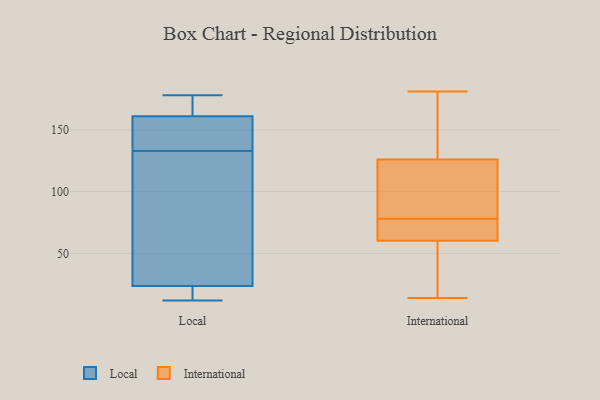
{"axis": {"x": "Budget (USD K)", "y": "Value"}, "legend": ["International", "Local"], "data": [{"x": "", "y": 165, "type": "Local"}, {"x": "", "y": 26, "type": "Local"}, {"x": "", "y": 135, "type": "Local"}, {"x": "", "y": 133, "type": "Local"}, {"x": "", "y": 178, "type": "Local"}, {"x": "", "y": 12, "type": "Local"}, {"x": "", "y": 23, "type": "Local"}, {"x": "", "y": 66, "type": "Local"}, {"x": "", "y": 158, "type": "Local"}, {"x": "", "y": 93, "type": "Local"}, {"x": "", "y": 23, "type": "Local"}, {"x": "", "y": 166, "type": "Local"}, {"x": "", "y": 139, "type": "Local"}, {"x": "", "y": 162, "type": "Local"}, {"x": "", "y": 15, "type": "Local"}, {"x": "", "y": 78, "type": "International"}, {"x": "", "y": 168, "type": "International"}, {"x": "", "y": 76, "type": "International"}, {"x": "", "y": 179, "type": "International"}, {"x": "", "y": 14, "type": "International"}, {"x": "", "y": 72, "type": "International"}, {"x": "", "y": 74, "type": "International"}, {"x": "", "y": 65, "type": "International"}, {"x": "", "y": 98, "type": "International"}, {"x": "", "y": 18, "type": "International"}, {"x": "", "y": 86, "type": "International"}, {"x": "", "y": 40, "type": "International"}, {"x": "", "y": 175, "type": "International"}, {"x": "", "y": 93, "type": "International"}, {"x": "", "y": 112, "type": "International"}, {"x": "", "y": 46, "type": "International"}, {"x": "", "y": 181, "type": "International"}]}